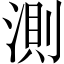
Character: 測